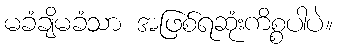
မခံချိမခံသာ အဖြစ်ရဆုံးကိစ္စပါပဲ။